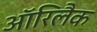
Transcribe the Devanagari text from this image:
ऑरिलैक